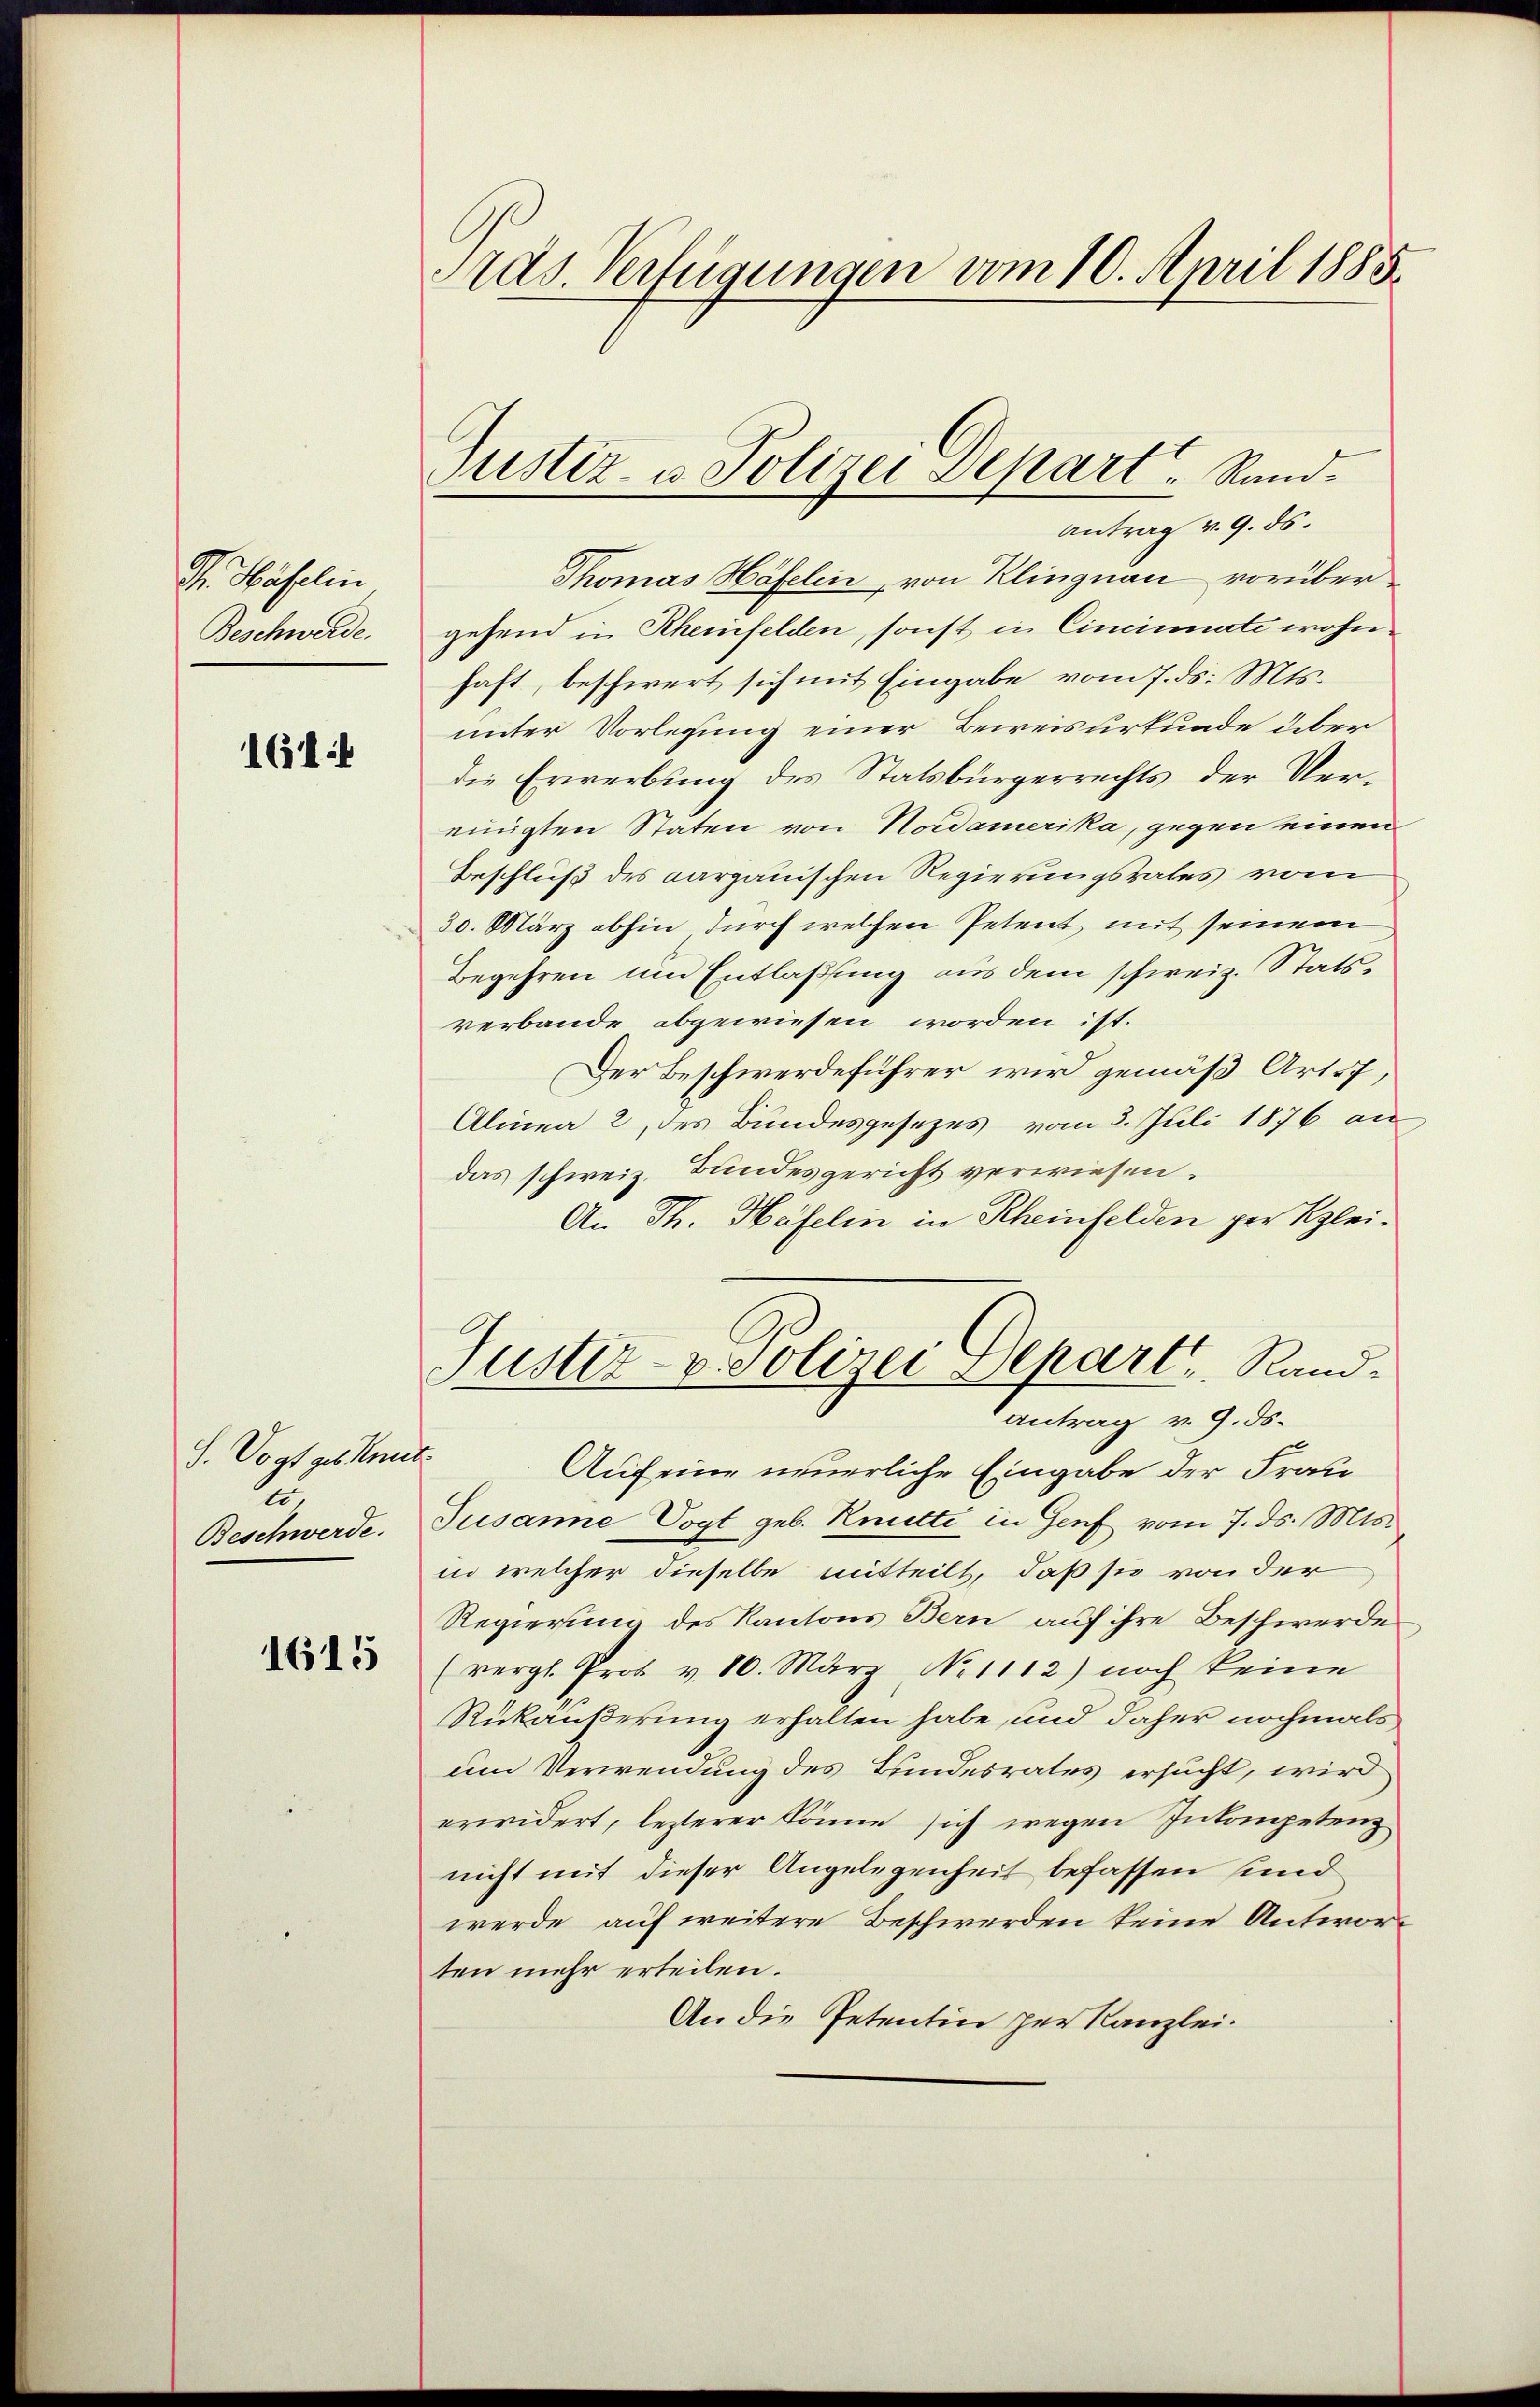
Dr. Haselin
Beschwerde.

111

S. Vogt ges Knut.
u
Beschwerde.

1615

Aas. Verfügungen vom 10. April 1885.

Justiz- u. Polizei Depart - Sand¬
Antrag v. 9. ds.

Thomas Häfelin, von Klingnau vorüber
gehend in Rheinfelden, sonst in Cincinate wohnhaft, beschwert sich mit Eingabe vom 7. ds. Mts.
unter Vorlegung einer Beweisurkunde über
die Erwerbung des Statsbürgerrechts der Vereinigten Staten von Nordamerika, gegen einen
Beschluß des Aargauischen Regierungsrates vom
30. März abhin durch welchen Petent mit seinem
Begehren um Entlaßung aus dem schweiz. Statsverbande abgewiesen worden ist.
Der Beschwerdeführer wird gemäß Art. 7,
Alinea 2 des Bundesgesezes vom 3. Juli 1876 an
das schwei. Bundesgericht verwiesen.
An Th. Häfelin in Rheinfelden per Klei¬
Justiz- & Polizei Depart, Randantrag v. 9. ds.
Auf eine neuerliche Eingabe der Frau
Jusanne Vogt geb. Kette in Genf vom 7. ds. Mts.
in welcher dieselbe mitteilt, daß sie von der
Regierung des Kantons Bern auf ihre Beschwerde
(vergl. Prof. v. 10. März No 1112) noch keine
Rükäußerung erhalten habe, und daher nochmals,
um Verwendung des Bundesrates ersucht, wird
erwidert, lezterer könne sich wegen Inkompetenz
nicht mit dieser Angelegenheit befassen sind
werde auf weitere Beschwerden keine Antworten mehr erteilen.
An die Petentin zur Kanzlei.